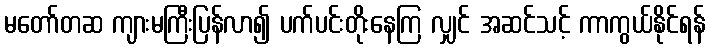
မတော်တဆ ကျားမကြီးပြန်လာ၍ ပက်ပင်းတိုးနေကြ လျှင် အဆင်သင့် ကာကွယ်နိုင်ရန်